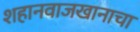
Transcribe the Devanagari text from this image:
शहानवाजखानाचा